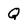
Character: Q